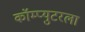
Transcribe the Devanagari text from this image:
कॉम्प्युटरला